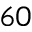
6 0